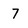
Character: 7